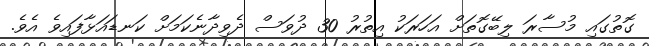
ގޮތުގައި މުސާރަ ލިބޭގޮތަށް އަހަރަކު އިތުރު 30 ދުވަސް ދެވިދާނެކަމަށް ކަނޑައަޅާފައިވެ އެވެ.